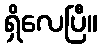
ရှိလေပြီ။